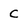
Character: C